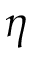
\eta